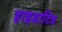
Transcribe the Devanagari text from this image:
हाइडाटिड